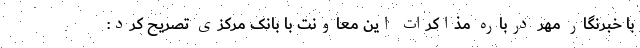
با خبرنگار مهر درباره مذاکرات این معاونت با بانک مرکزی تصریح کرد: